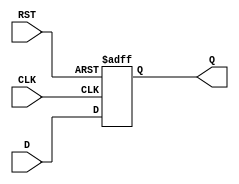
module synchronous_register (
    input wire [N-1:0] D,     // Data input
    input wire CLK,           // Clock input
    input wire RST,           // Reset input (active high)
    output reg [N-1:0] Q      // Data output
);
    parameter N = 8;          // Width of the register (default is 8 bits)

    // Always block triggered on the rising edge of the clock or reset
    always @(posedge CLK or posedge RST) begin
        if (RST) begin
            Q <= {N{1'b0}};    // Reset the register to 0
        end else begin
            Q <= D;            // Capture the data input on clock edge
        end
    end
endmodule